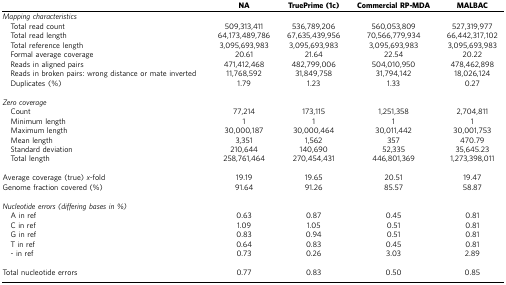
<table><thead><tr><td><b> </b></td><td><b>NA</b></td><td><b>TruePrime (1c)</b></td><td><b>Commercial RP-MDA</b></td><td><b>MALBAC</b></td></tr></thead><tbody><tr><td colspan="5"><i>Mapping characteristics</i></td></tr><tr><td> Total read count</td><td>509,313,411</td><td>536,789,206</td><td>560,053,809</td><td>527,319,977</td></tr><tr><td> Total read length</td><td>64,173,489,786</td><td>67,635,439,956</td><td>70,566,779,934</td><td>66,442,317,102</td></tr><tr><td> Total reference length</td><td>3,095,693,983</td><td>3,095,693,983</td><td>3,095,693,983</td><td>3,095,693,983</td></tr><tr><td> Formal average coverage</td><td>20.61</td><td>21.64</td><td>22.54</td><td>20.22</td></tr><tr><td> Reads in aligned pairs</td><td>471,412,468</td><td>482,799,006</td><td>504,010,950</td><td>478,462,898</td></tr><tr><td> Reads in broken pairs: wrong distance or mate inverted</td><td>11,768,592</td><td>31,849,758</td><td>31,794,142</td><td>18,026,124</td></tr><tr><td> Duplicates (%)</td><td>1.79</td><td>1.23</td><td>1.33</td><td>0.27</td></tr><tr><td> </td><td> </td><td> </td><td> </td><td> </td></tr><tr><td colspan="5"><i>Zero coverage</i></td></tr><tr><td> Count</td><td>77,214</td><td>173,115</td><td>1,251,358</td><td>2,704,811</td></tr><tr><td> Minimum length</td><td>1</td><td>1</td><td>1</td><td>1</td></tr><tr><td> Maximum length</td><td>30,000,187</td><td>30,000,464</td><td>30,011,442</td><td>30,001,753</td></tr><tr><td> Mean length</td><td>3,351</td><td>1,562</td><td>357</td><td>470.79</td></tr><tr><td> Standard deviation</td><td>210,644</td><td>140,690</td><td>52,335</td><td>35,645.23</td></tr><tr><td> Total length</td><td>258,761,464</td><td>270,454,431</td><td>446,801,369</td><td>1,273,398,011</td></tr><tr><td> </td><td> </td><td> </td><td> </td><td> </td></tr><tr><td>Average coverage (true) <i>x</i>-fold</td><td>19.19</td><td>19.65</td><td>20.51</td><td>19.47</td></tr><tr><td>Genome fraction covered (%)</td><td>91.64</td><td>91.26</td><td>85.57</td><td>58.87</td></tr><tr><td> </td><td> </td><td> </td><td> </td><td> </td></tr><tr><td colspan="5"><i>Nucleotide errors (differing bases in %)</i></td></tr><tr><td> A in ref</td><td>0.63</td><td>0.87</td><td>0.45</td><td>0.81</td></tr><tr><td> C in ref</td><td>1.09</td><td>1.05</td><td>0.51</td><td>0.81</td></tr><tr><td> G in ref</td><td>0.83</td><td>0.94</td><td>0.51</td><td>0.81</td></tr><tr><td> T in ref</td><td>0.64</td><td>0.83</td><td>0.45</td><td>0.81</td></tr><tr><td> - in ref</td><td>0.73</td><td>0.26</td><td>3.03</td><td>2.89</td></tr><tr><td> </td><td> </td><td> </td><td> </td><td> </td></tr><tr><td>Total nucleotide errors</td><td>0.77</td><td>0.83</td><td>0.50</td><td>0.85</td></tr></tbody></table>